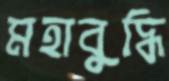
মহাবুদ্ধি